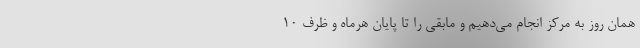
همان روز به مرکز انجام می‌دهیم و مابقی را تا پایان هرماه و ظرف ۱۰